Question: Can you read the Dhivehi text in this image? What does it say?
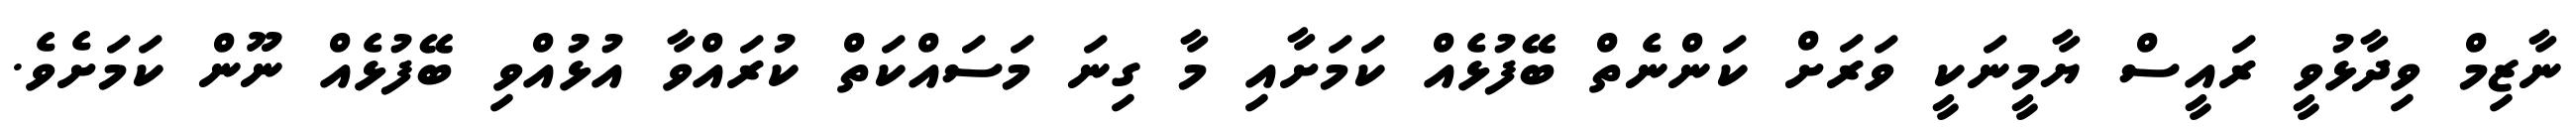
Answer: ނާޒިމް ވިދާޅުވީ ރައީސް ޔާމީނަކީ ވަރަށް ކަންނެތް ބޭފުޅެއް ކަމަށާއި މާ ގިނަ މަސައްކަތް ކުރައްވާ އުޅުއްވި ބޭފުޅެއް ނޫން ކަމަށެވެ.